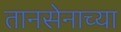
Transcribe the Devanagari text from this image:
तानसेनाच्या